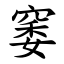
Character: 䆧